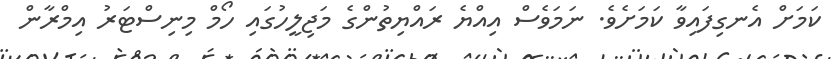
ކަމަށް އެނގިފައިވާ ކަމަށެވެ. ނަމަވެސް އިއްޔެ ރައްޔިތުންގެ މަޖިލީހުގައި ހޯމް މިނިސްޓަރު އިމްރާން